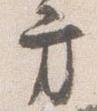
方